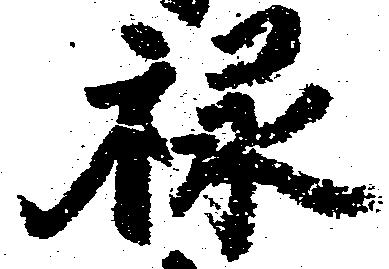
禄